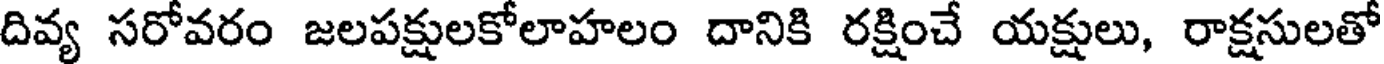
దివ్య సరోవరం జలపక్షులకోలాహలం దానికి రక్షించే యక్షులు, రాక్షసులతో